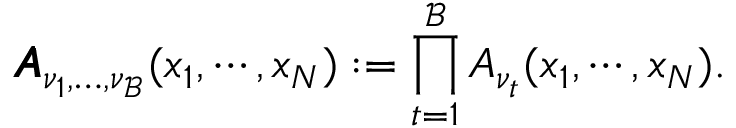
\pmb { A } _ { \nu _ { 1 } , \dots , \nu _ { \mathcal { B } } } ( x _ { 1 } , \cdots , x _ { N } ) : = \prod _ { t = 1 } ^ { \mathcal { B } } A _ { \nu _ { t } } ( x _ { 1 } , \cdots , x _ { N } ) .